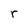
Character: r